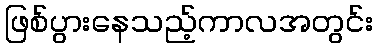
ဖြစ်ပွားနေသည့်ကာလအတွင်း